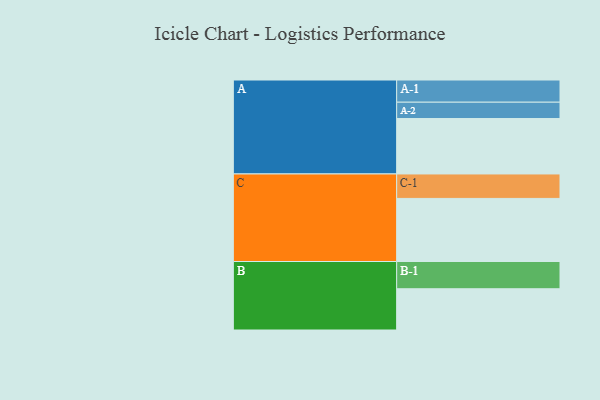
{"axis": {"x": "Segment", "y": "Value"}, "legend": ["", "A", "B", "C"], "data": [{"x": "A", "y": 492, "type": ""}, {"x": "B", "y": 366, "type": ""}, {"x": "C", "y": 560, "type": ""}, {"x": "A-1", "y": 197, "type": "A"}, {"x": "A-2", "y": 145, "type": "A"}, {"x": "B-1", "y": 242, "type": "B"}, {"x": "C-1", "y": 217, "type": "C"}]}